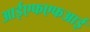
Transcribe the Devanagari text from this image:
आईएफएफआई